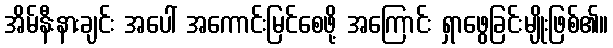
အိမ်နီးနားချင်း အပေါ် အကောင်းမြင်စေဖို့ အကြောင်း ရှာဖွေခြင်းမျိုးဖြစ်၏။